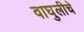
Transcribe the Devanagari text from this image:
वाघुलीचे